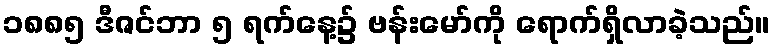
၁၈၈၅ ဒီဇင်ဘာ ၅ ရက်နေ့၌ ဗန်းမော်ကို ရောက်ရှိလာခဲ့သည်။